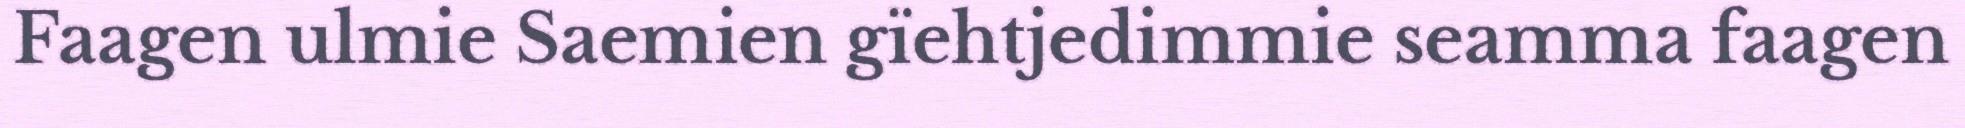
Faagen ulmie Saemien gïehtjedimmie seamma faagen